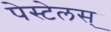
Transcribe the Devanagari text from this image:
पेस्टेलस्